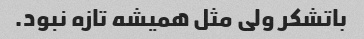
باتشکر ولی مثل همیشه تازه نبود.